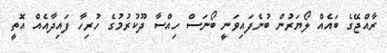
ރާއްޖޭގެ ބައެއް ލޯޔަރުން ބުނެފައިވަނީ ބޯނަސް ހިއްސާ ދޫކުރުމުގެ ހުރިހާ ފައިދާއެއް އޮތީ